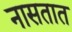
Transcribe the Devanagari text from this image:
नासतात